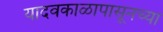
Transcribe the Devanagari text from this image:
यादवकाळापासूनच्या